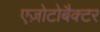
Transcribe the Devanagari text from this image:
एज़ोटोबैक्टर